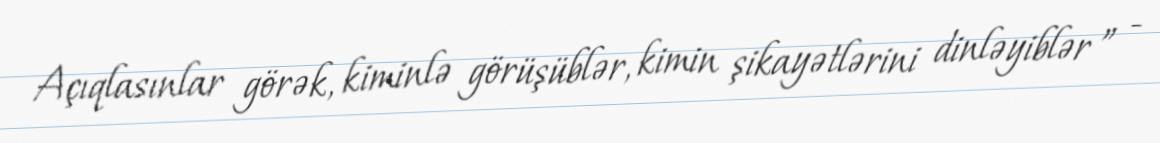
Açıqlasınlar görək, kiminlə görüşüblər, kimin şikayətlərini dinləyiblər ” -